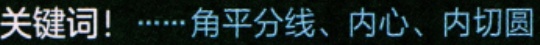
关键词！……角平分线、内心、内切圆